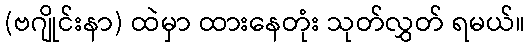
(ဗဂျိုင်းနာ) ထဲမှာ ထားနေတုံး သုတ်လွှတ် ရမယ်။